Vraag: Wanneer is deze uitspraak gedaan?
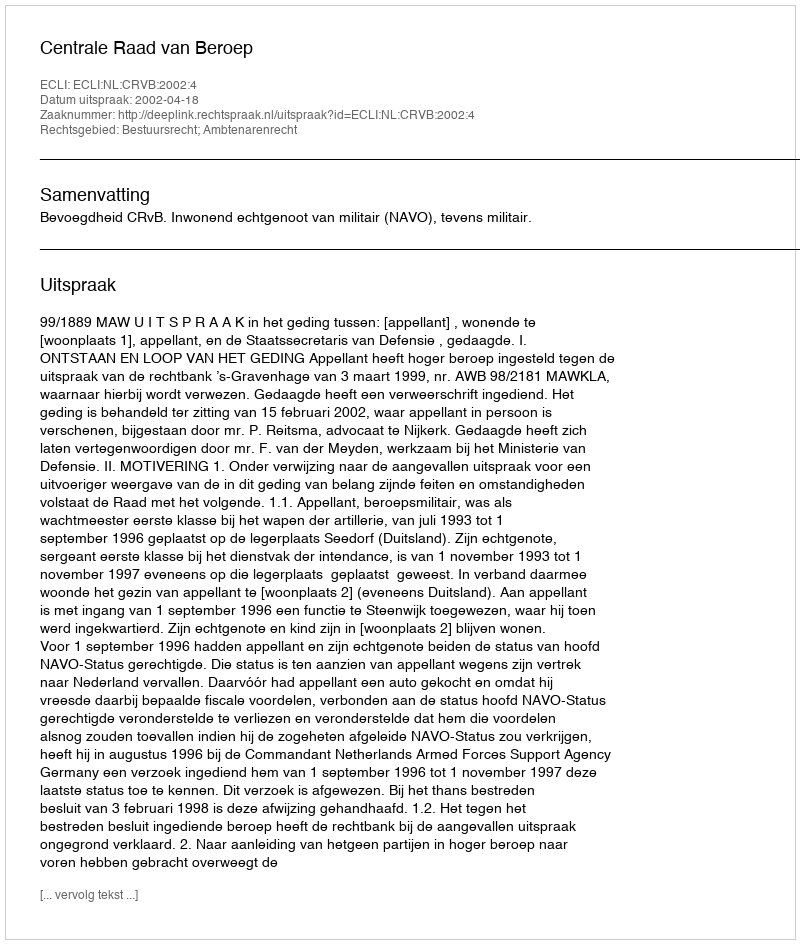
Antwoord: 2002-04-18